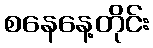
စနေနေ့တိုင်း